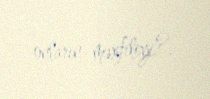
onların məxfiliyi?.